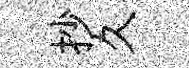
抄久